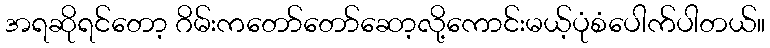
အရဆိုရင်တော့ ဂိမ်းကတော်တော်ဆော့လို့ကောင်းမယ့်ပုံစံပေါက်ပါတယ်။